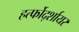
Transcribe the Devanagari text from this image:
हर्त्फोर्द्शायर